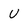
Character: U